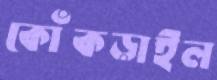
কোঁকড়াইল